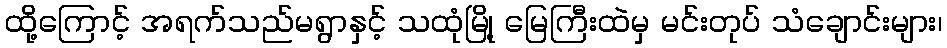
ထို့ကြောင့် အရက်သည်မရွာနှင့် သထုံမြို့ မြေကြီးထဲမှ မင်းတုပ် သံချောင်းများ၊